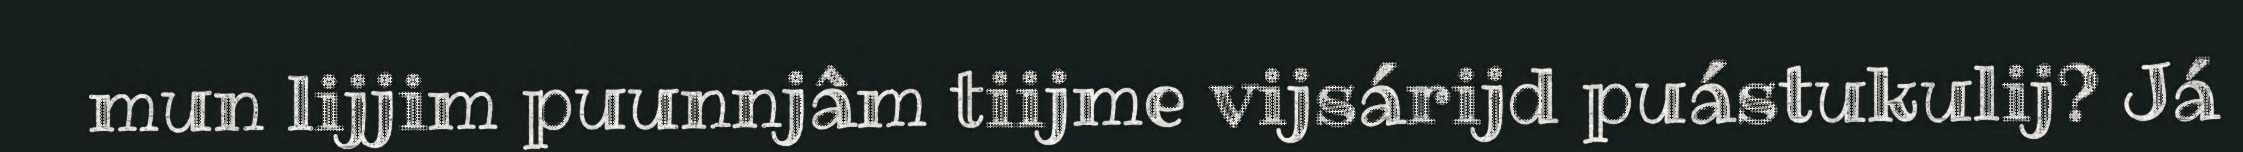
mun lijjim puunnjâm tiijme vijsárijd puástukulij? Já